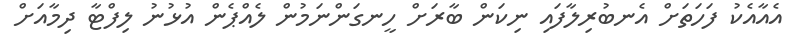
އެއާއެކު ފަހަތަށް އެނބުރިލާފައި ނިކަން ބާރަށް ހީނގަންނަމުން ލެއްޕެން އުޅުނު ލިފްޓާ ދިމާއަށް